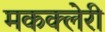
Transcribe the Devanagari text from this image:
मकक्लेरी